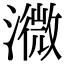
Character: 㵟